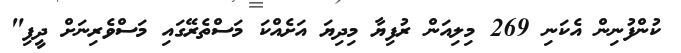
ކުންފުނިން އެކަނި 269 މިލިއަން ރުފިޔާ މިދިޔަ އަށެއްކަ މަސްތެރޭގައި މަސްވެރިނަށް ދީފި"